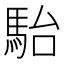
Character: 駘